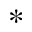
^ *